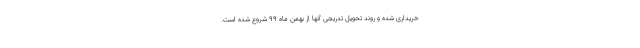
خریداری شده و روند تحویل تدریجی آنها از بهمن ماه ۹۹ شروع شده است.